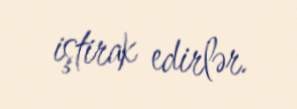
iştirak edirlər.